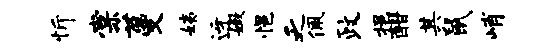
忻棠蔓姨迓嫩悒乏佩政挹酣其鼠峭